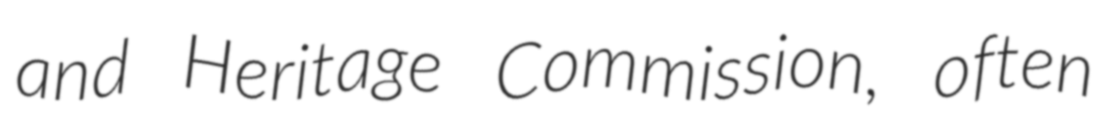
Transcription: and Heritage Commission, often